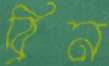
ব্রিন